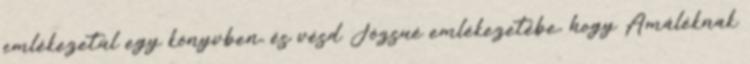
emlékezetül egy könyvben, és vésd Józsué emlékezetébe, hogy Amáléknak